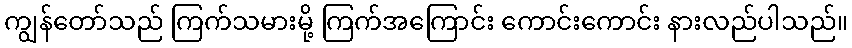
ကျွန်တော်သည် ကြက်သမားမို့ ကြက်အကြောင်း ကောင်းကောင်း နားလည်ပါသည်။